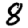
Digit: 8